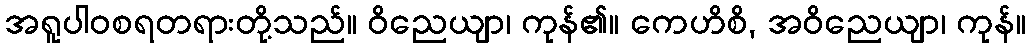
အရူပါဝစရတရားတို့သည်။ ဝိညေယျာ၊ ကုန်၏။ ကေဟိစိ, အဝိညေယျာ၊ ကုန်။